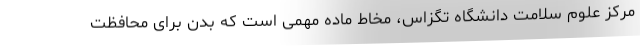
مرکز علوم سلامت دانشگاه تگزاس، مخاط ماده مهمی است که بدن برای محافظت